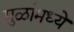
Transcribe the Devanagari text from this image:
मुळांमध्ये